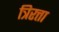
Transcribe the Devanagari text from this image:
त्रिरत्ता